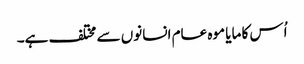
اُس کا مایا موہ عام انسانوں سے مختلف ہے۔